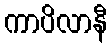
ကာပိလာနီ